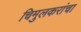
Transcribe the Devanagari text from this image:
चिमुलकरांचा